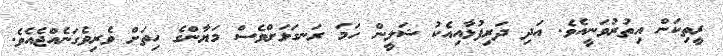
ރީތިކަން އިތުރުވަނީއެވެ. އަދި ދަރިފުޅާއިއެކު ޝަލީން ހަމަ ރަނގަޅަށްވެސް މަޔާންގެ ހިތަށް ވެރިވެގަނެއްޖެެެއެވެ.